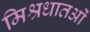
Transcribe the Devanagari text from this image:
मिश्रधातओं